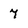
Character: 7